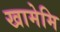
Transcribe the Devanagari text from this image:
खामेमि